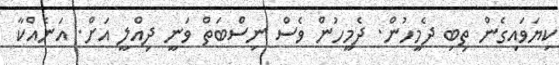
ކިޔަވައިގެން ތިބި ދެމީހުން. ދެމީހުން ވެސް ނިސްބަތް ވަނީ ދިއްލީ އަށް. އަނެއްކާ